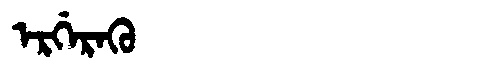
Manchu: ᡝᡵᡤᡝᡵᠠᡴᡠ
Romanization: ERGERAKU